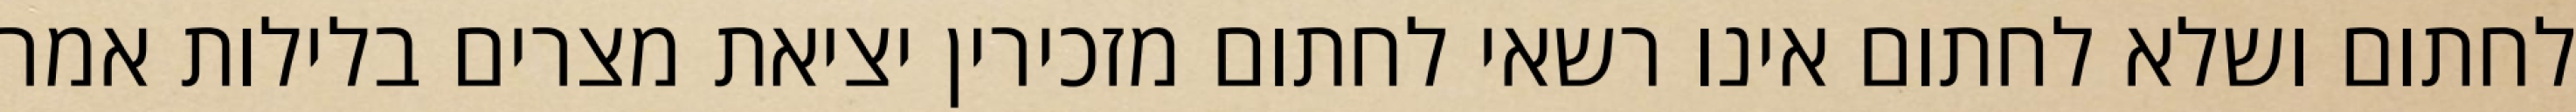
לחתום ושלא לחתום אינו רשאי לחתום מזכירין יציאת מצרים בלילות אמר